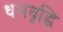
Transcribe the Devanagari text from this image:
धनवृद्धि